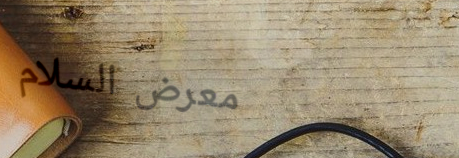
معرض السلام